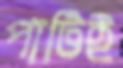
পার্টিই